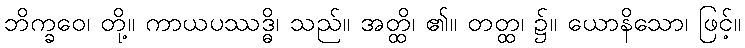
ဘိက္ခဝေ၊ တို့။ ကာယပဿဒ္ဓိ၊ သည်။ အတ္ထိ၊ ၏။ တတ္ထ၊ ၌။ ယောနိသော၊ ဖြင့်။